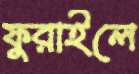
ফুরাইলে